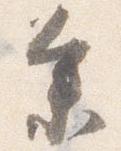
参